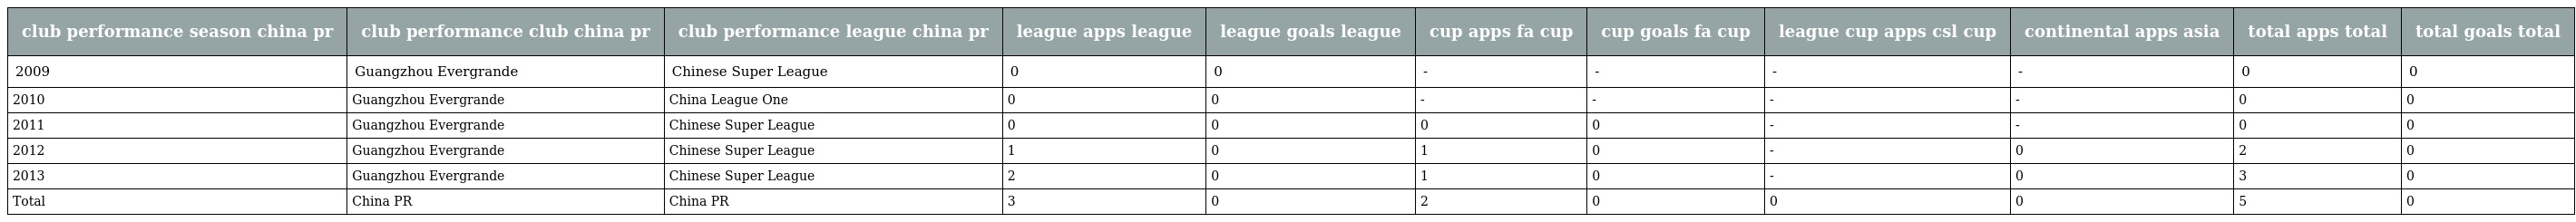
| club performance season china pr | club performance club china pr | club performance league china pr | league apps league | league goals league | cup apps fa cup | cup goals fa cup | league cup apps csl cup | continental apps asia | total apps total | total goals total |
 | --- | --- | --- | --- | --- | --- | --- | --- | --- | --- | --- |
 | 2009 | Guangzhou Evergrande | Chinese Super League | 0 | 0 | - | - | - | - | 0 | 0 |
 | 2010 | Guangzhou Evergrande | China League One | 0 | 0 | - | - | - | - | 0 | 0 |
 | 2011 | Guangzhou Evergrande | Chinese Super League | 0 | 0 | 0 | 0 | - | - | 0 | 0 |
 | 2012 | Guangzhou Evergrande | Chinese Super League | 1 | 0 | 1 | 0 | - | 0 | 2 | 0 |
 | 2013 | Guangzhou Evergrande | Chinese Super League | 2 | 0 | 1 | 0 | - | 0 | 3 | 0 |
 | Total | China PR | China PR | 3 | 0 | 2 | 0 | 0 | 0 | 5 | 0 |